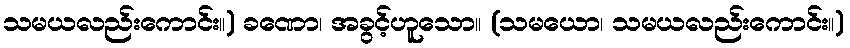
သမယလည်းကောင်း။) ခဏော၊ အခွင့်ဟူသော။ (သမယော၊ သမယလည်းကောင်း။)